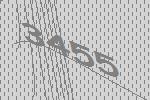
3455